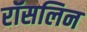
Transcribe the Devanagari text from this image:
रॉसलिन